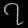
Digit: ၇